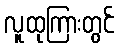
လူထုကြားတွင်